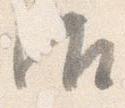
御